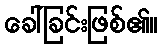
ခေါ်ခြင်းဖြစ်၏။